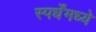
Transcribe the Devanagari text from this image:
स्पर्धेंमध्ये